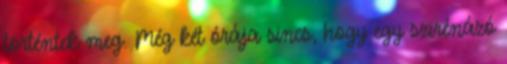
történtek meg. Még két órája sincs, hogy egy szirénázó